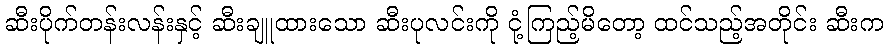
ဆီးပိုက်တန်းလန်းနှင့် ဆီးချူထားသော ဆီးပုလင်းကို ငုံ့ကြည့်မိတော့ ထင်သည့်အတိုင်း ဆီးက